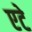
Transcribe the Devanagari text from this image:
एटे